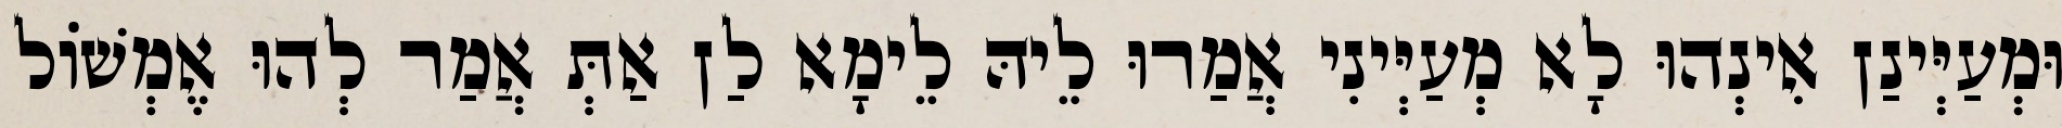
וּמְעַיְּינַן אִינְהוּ לָא מְעַיְּינִי אֲמַרוּ לֵיהּ לֵימָא לַן אַתְּ אֲמַר לְהוּ אֶמְשׁוֹל